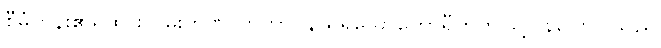
စီမံကိန်း၏ရထားလမ်းကဏ္ ကိုတာဝန်ယူရသောဟောရီကဤသို့ပြန်ပြောပြသည်